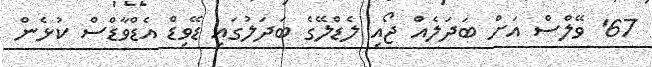
67' ވޭލްސް އަށް ބަދަލެއް ޖޯއި ލެޑްލޭގެ ބަދަލުގައި ޑޭވިޑް އެޑްވާޑްސް ކުޅެން